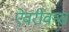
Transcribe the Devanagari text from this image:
ऐवरीवन्स